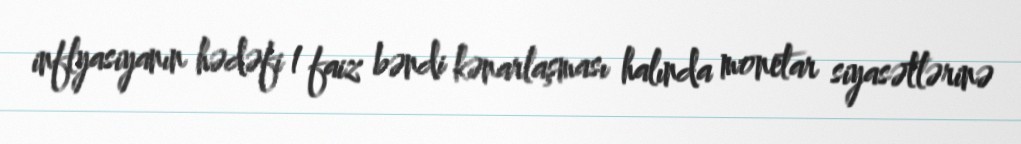
inflyasiyanın hədəfi 1 faiz bəndi kənarlaşması halında monetar siyasətlərinə